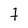
Character: t